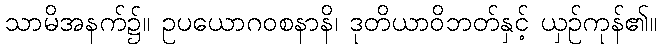
သာမိအနက်၌။ ဥပယောဂဝစနာနိ၊ ဒုတိယာဝိဘတ်နှင့် ယှဉ်ကုန်၏။